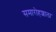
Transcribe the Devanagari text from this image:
समारोहशाला